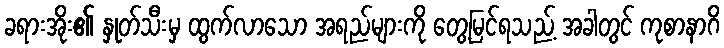
ခရားအိုး၏ နှုတ်သီးမှ ထွက်လာသော အရည်များကို တွေ့မြင်ရသည့် အခါတွင် ကုစာနာဂိ